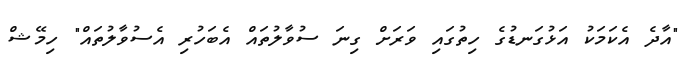
"އާދެ އެކަމަކު އަޅުގަނޑުގެ ހިތުގައި ވަރަށް ގިނަ ސުވާލުތައް އެބަހުރި އެސުވާލުތައް" ހިމޭޝް